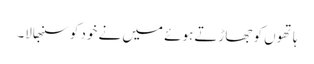
ہاتھوں کو جھاڑتے ہوئے میں نے خود کو سنبھالا۔